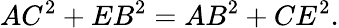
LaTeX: AC^{2}+EB^{2}=AB^{2}+CE^{2}.